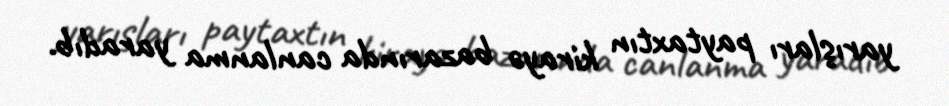
yarışları paytaxtın kirayə bazarında canlanma yaradıb.